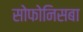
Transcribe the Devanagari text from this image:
सोफोनिसबा